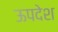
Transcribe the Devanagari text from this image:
ऊपदेश